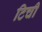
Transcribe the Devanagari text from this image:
टिची